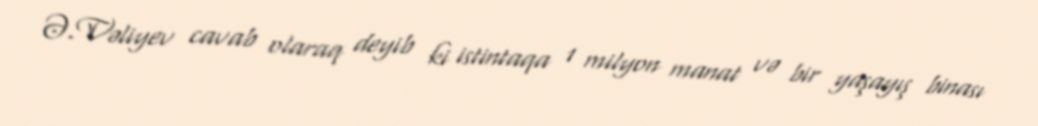
Ə.Vəliyev cavab olaraq deyib ki istintaqa 1 milyon manat və bir yaşayış binası